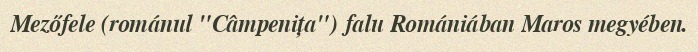
Mezőfele (románul "Câmpenița") falu Romániában Maros megyében.